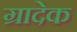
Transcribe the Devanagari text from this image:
ग्रादेक